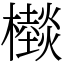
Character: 㰊